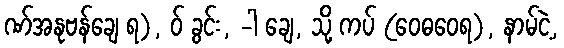
ဏ်အနုဗန်ချေ ရ), ဝ် ခွင်း, -ါ ချေ, သို့ ကပ် (ဝေဓဝေရ), နာမ်ငဲ့,